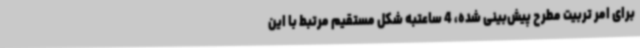
برای امر تربیت مطرح پیش‌بینی شده، 4 ساعتبه شکل مستقیم مرتبط با این